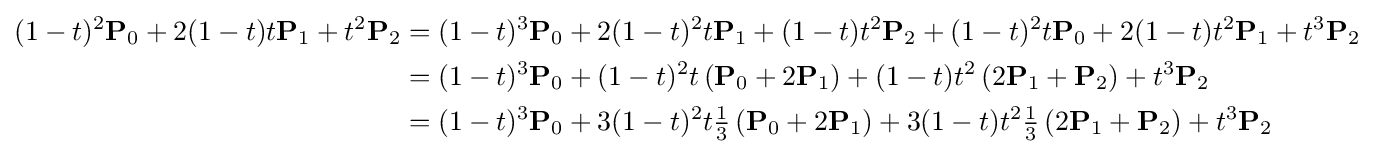
{\begin{aligned}(1-t)^{2}\mathbf {P} _{0}+2(1-t)t\mathbf {P} _{1}+t^{2}\mathbf {P} _{2}&=(1-t)^{3}\mathbf {P} _{0}+2(1-t)^{2}t\mathbf {P} _{1}+(1-t)t^{2}\mathbf {P} _{2}+(1-t)^{2}t\mathbf {P} _{0}+2(1-t)t^{2}\mathbf {P} _{1}+t^{3}\mathbf {P} _{2}\\&=(1-t)^{3}\mathbf {P} _{0}+(1-t)^{2}t\left(\mathbf {P} _{0}+2\mathbf {P} _{1}\right)+(1-t)t^{2}\left(2\mathbf {P} _{1}+\mathbf {P} _{2}\right)+t^{3}\mathbf {P} _{2}\\&=(1-t)^{3}\mathbf {P} _{0}+3(1-t)^{2}t{\tfrac {1}{3}}\left(\mathbf {P} _{0}+2\mathbf {P} _{1}\right)+3(1-t)t^{2}{\tfrac {1}{3}}\left(2\mathbf {P} _{1}+\mathbf {P} _{2}\right)+t^{3}\mathbf {P} _{2}\end{aligned}}